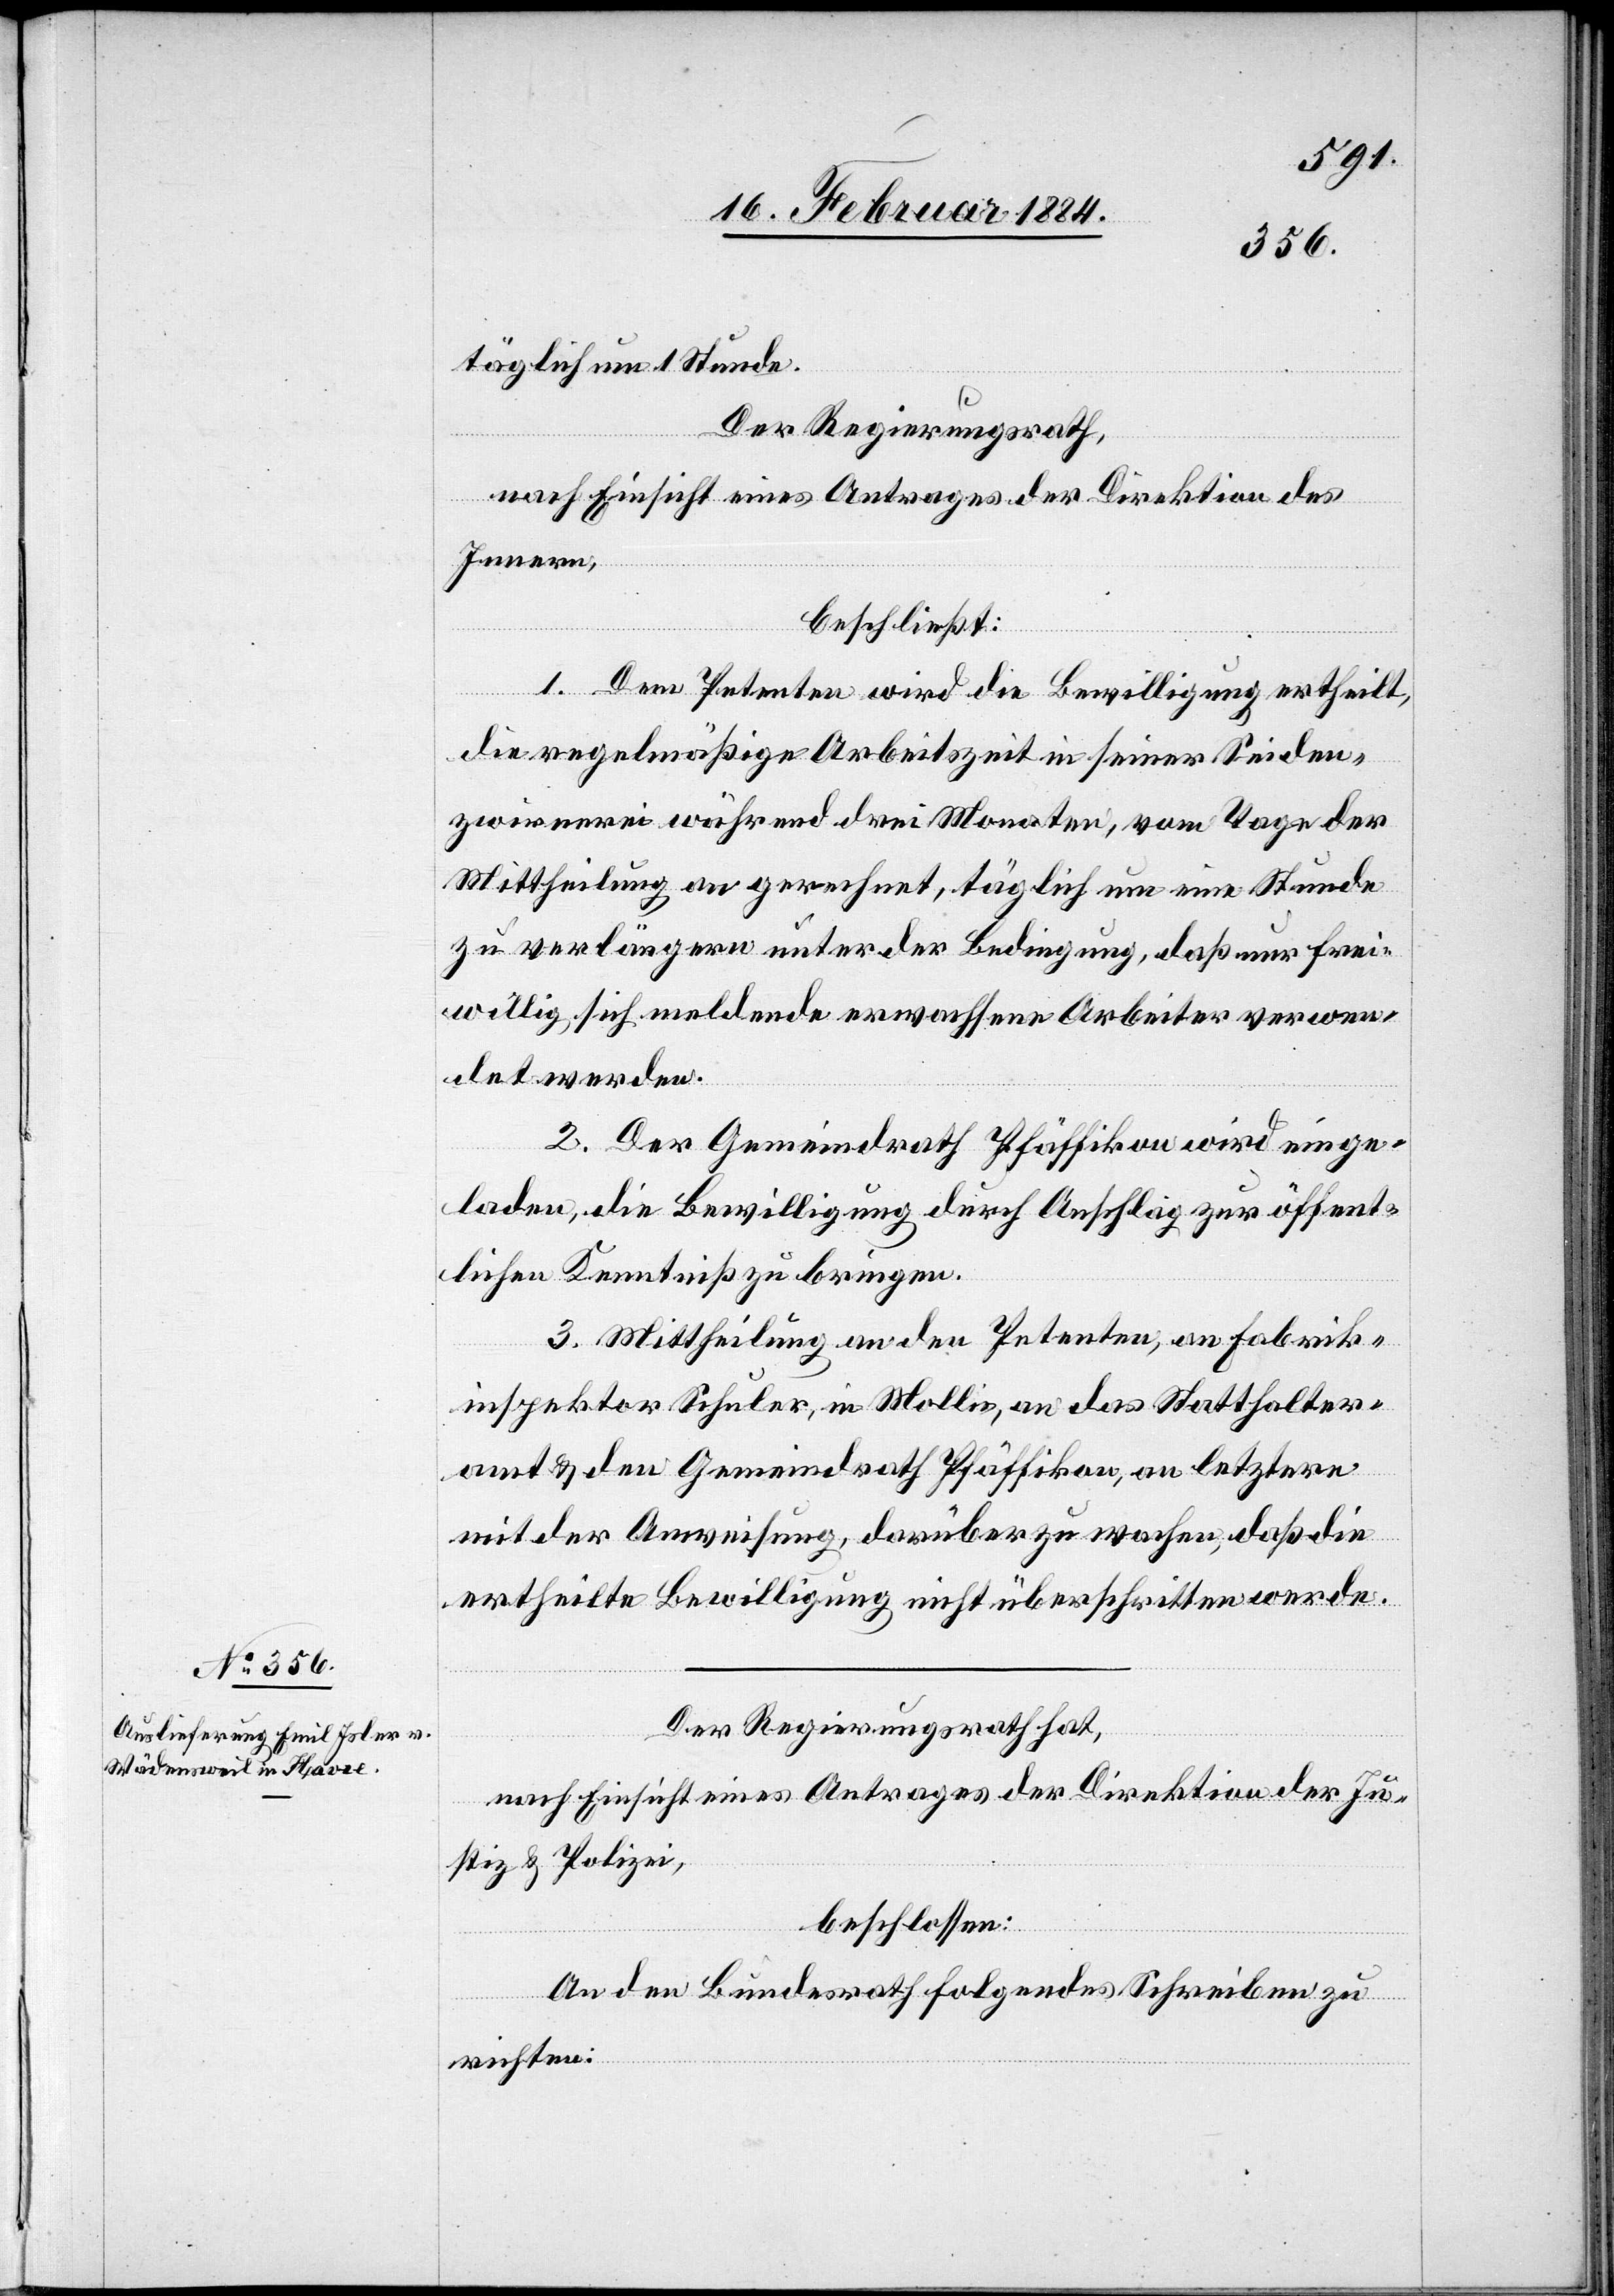
19. Februar 1884.]
täglich um 1 Stunde.
Der Regierungsrath,
nach Einsicht eines Antrages der Direktion des
Innern,
beschließt:
1. Dem Petenten wird die Bewilligung ertheilt,
die regelmäßige Arbeitszeit in seiner Seiden¬
zwirnerei während drei Monaten, vom Tage der
Mittheilung an gerechnet, täglich um eine Stunde
zu verlängern unter der Bedingung, daß nur frei¬
willig sich meldende erwachsene Arbeiter verwen¬
det werden.
2. Der Gemeindrath Pfäffikon wird einge¬
laden, die Bewilligung durch Anschlag zur öffent¬
lichen Kenntniß zu bringen.
3. Mittheilung an den Petenten, an Fabrik¬
inspektor Schuler, in Mollis, an das Statthalter¬
amt & den Gemeindrath Pfäffikon, an letztere
mit der Anweisung, darüber zu wachen, daß die
ertheilte Bewilligung nicht überschritten werde.
Der Regierungsrath hat,
nach Einsicht eines Antrages der Direktion der Ju¬
stiz & Polizei,
beschlossen:
An den Bundesrath folgendes Schreiben zu
richten: